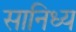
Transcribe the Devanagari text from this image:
सानिध्‍य